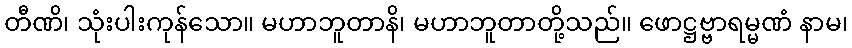
တီဏိ၊ သုံးပါးကုန်သော။ မဟာဘူတာနိ၊ မဟာဘူတာတို့သည်။ ဖောဋ္ဌဗ္ဗာရမ္မဏံ နာမ၊